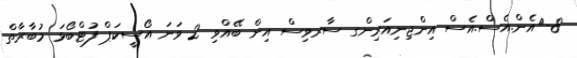
8-	އެން.އެސް.އެސް އިންޖިނިއަރިންގ ސާރވިސް އިން ބޭއްވި 2 ވަނަ އޯސީކަޕް ފުޓްބޯޅަ މުބާރާތް